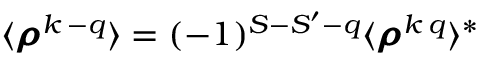
\langle \pmb { \rho } ^ { k \, - q } \rangle = ( - 1 ) ^ { S - S ^ { \prime } - q } \langle \pmb { \rho } ^ { k \, q } \rangle ^ { \ast }